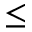
\leq